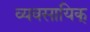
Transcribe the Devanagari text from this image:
व्यवसायिक्